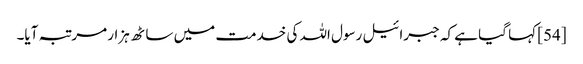
[54] کہا گیا ہے کہ جبرائیل رسول اللہ کی خدمت میں ساٹھ ہزار مرتبہ آیا۔